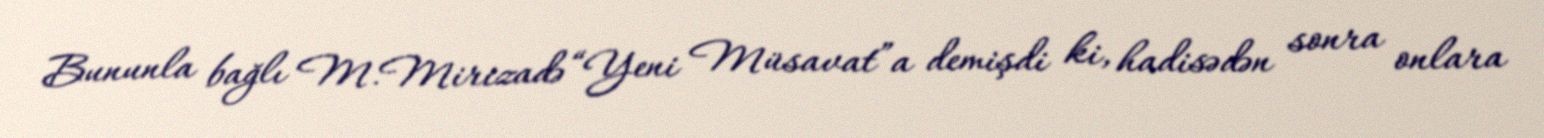
Bununla bağlı M.Mirizadə “Yeni Müsavat”a demişdi ki, hadisədən sonra onlara